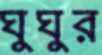
ঘুঘুর